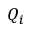
Q _ { i }